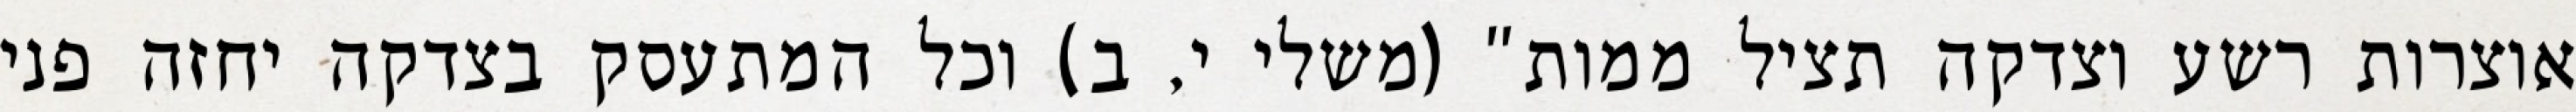
אוצרות רשע וצדקה תציל ממות" (משלי י, ב) וכל המתעסק בצדקה יחזה פני